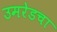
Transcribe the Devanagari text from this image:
उमरेडचा